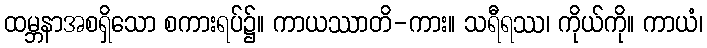
ထမ္ဘနာအစရှိသော စကားရပ်၌။ ကာယဿာတိ-ကား။ သရီရဿ၊ ကိုယ်ကို။ ကာယံ၊